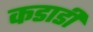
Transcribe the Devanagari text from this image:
कडाडी